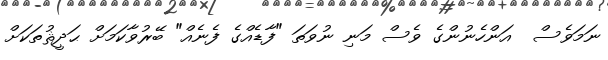
ނަމަވެސް  އަންހެނުންގެ ވެސް މަނި ނުވަތަ "ފާޑެއްގެ ފެނެއް" ބޭރުވާކަމަށް ޙަދީޘުތަކަށް